Indian journal of veterinary science and animal husbandry - Volume 2,
Year: 1932
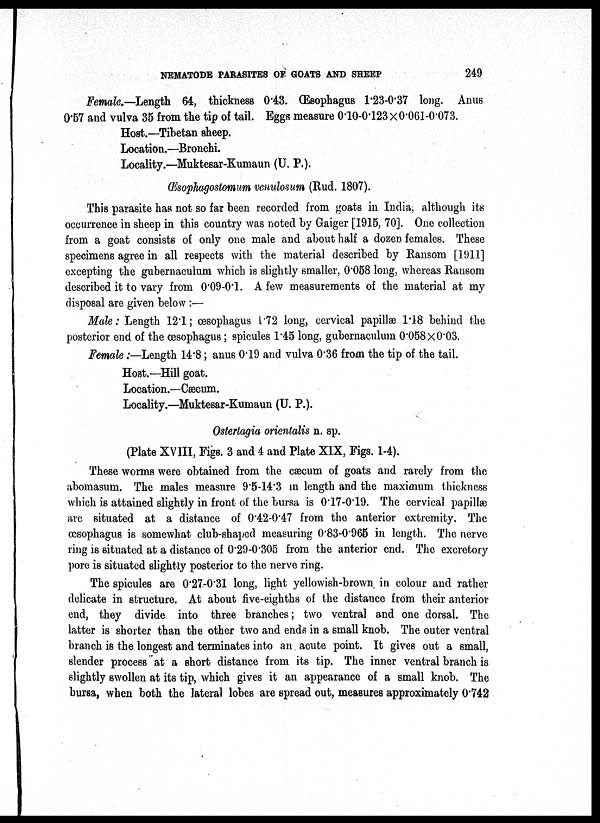
NEMATODE PARASITES OF GOATS AND SHEEP
249
Female.—Length 64, thickness 0.43. Œsophagus 1.23-0.37 long. Anus
0.57 and vulva 35 from the tip of tail. Eggs measure 0.10-0.123 × 0.061-0.073.
Host.—Tibetan sheep.
Location.—Bronchi.
Locality.—Muktesar-Kumaun (U. P.).
Œsophagostomum venulosum (Rud. 1807).
This parasite has not so far been recorded from goats in India, although its
occurrence in sheep in this country was noted by Gaiger [1915, 70]. One collection
from a goat consists of only one male and about half a dozen females. These
specimens agree in all respects with the material described by Ransom [1911]
excepting the gubernaculum which is slightly smaller, 0.058 long, whereas Ransom
described it to vary from 0.09-0.1. A few measurements of the material at my
disposal are given below :—
Male: Length 12.1; œsophagus 1.72 long, cervical papillae 1.18 behind the
posterior end of the œsophagus ; spicules 1.45 long, gubernaculum 0.058×0.03.
Female :—Length 14.8 ; anus 0.19 and vulva 0.36 from the tip of the tail.
Host.—Hill goat.
Location.—Cæcum.
Locality.—Muktesar-Kumaun (U. P.).
Ostertagia orientalis n. sp.
(Plate XVIII, Figs. 3 and 4 and Plate XIX, Figs. 1-4).
These worms were obtained from the caecum of goats and rarely from the
abomasum. The males measure 9.5-14.3 in length and the maximum thickness
which is attained slightly in front of the bursa is 0.17-0.19. The cervical papillæ
are situated at a distance of 0.42-0.47 from the anterior extremity. The
œsophagus is somewhat club-shaped measuring 0.83-0.965 in length. The nerve
ring is situated at a distance of 0.29-0.305 from the anterior end. The excretory
pore is situated slightly posterior to the nerve ring.
The spicules are 0.27-0.31 long, light yellowish-brown in colour and rather
delicate in structure. At about five-eighths of the distance from their anterior
end, they divide into three branches; two ventral and one dorsal. The
latter is shorter than the other two and ends in a small knob. The outer ventral
branch is the longest and terminates into an acute point. It gives out a small,
slender process at a short distance from its tip. The inner ventral branch is
slightly swollen at its tip, which gives it an appearance of a small knob. The
bursa, when both the lateral lobes are spread out, measures approximately 0.742